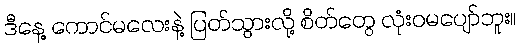
ဒီနေ့ ကောင်မလေးနဲ့ ပြတ်သွားလို့ စိတ်တွေ လုံးဝမပျော်ဘူး။